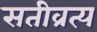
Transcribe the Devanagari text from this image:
सतीव्रत्य